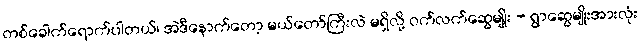
တစ်ခေါက်ရောက်ပါတယ်၊ အဲဒီနောက်တော့ မယ်တော်ကြီးလဲ မရှိလို့ ဝက်လက်ဆွေမျိုး - ရွာဆွေမျိုးအားလုံး